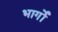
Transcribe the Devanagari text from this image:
भार्गों